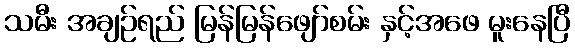
သမီး အချဉ်ရည် မြန်မြန်ဖျော်စမ်း နှင့်အဖေ မူးနေပြီ